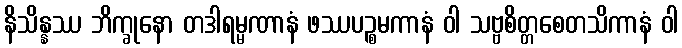
နိသိန္နဿ ဘိက္ခုနော တဒါရမ္မဏာနံ ဖဿပဉ္စမကာနံ ဝါ သဗ္ဗစိတ္တစေတသိကာနံ ဝါ